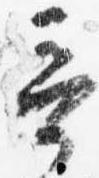
奇